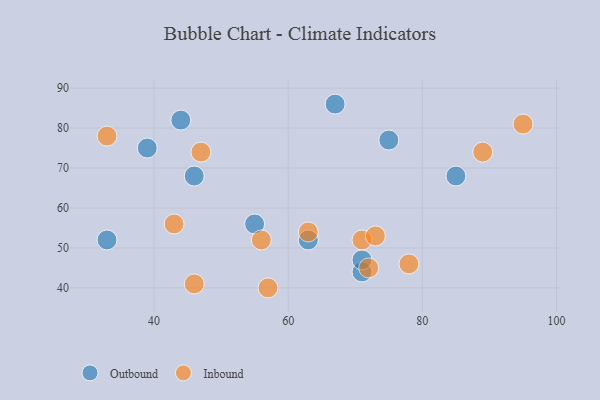
{"axis": {"x": "GDP", "y": "Life Expectancy"}, "legend": ["Inbound", "Outbound"], "data": [{"x": "63", "y": 52, "type": "Outbound"}, {"x": "39", "y": 75, "type": "Outbound"}, {"x": "67", "y": 86, "type": "Outbound"}, {"x": "85", "y": 68, "type": "Outbound"}, {"x": "33", "y": 52, "type": "Outbound"}, {"x": "46", "y": 68, "type": "Outbound"}, {"x": "71", "y": 44, "type": "Outbound"}, {"x": "75", "y": 77, "type": "Outbound"}, {"x": "55", "y": 56, "type": "Outbound"}, {"x": "71", "y": 47, "type": "Outbound"}, {"x": "44", "y": 82, "type": "Outbound"}, {"x": "57", "y": 40, "type": "Inbound"}, {"x": "63", "y": 54, "type": "Inbound"}, {"x": "95", "y": 81, "type": "Inbound"}, {"x": "43", "y": 56, "type": "Inbound"}, {"x": "56", "y": 52, "type": "Inbound"}, {"x": "47", "y": 74, "type": "Inbound"}, {"x": "78", "y": 46, "type": "Inbound"}, {"x": "33", "y": 78, "type": "Inbound"}, {"x": "71", "y": 52, "type": "Inbound"}, {"x": "73", "y": 53, "type": "Inbound"}, {"x": "46", "y": 41, "type": "Inbound"}, {"x": "72", "y": 45, "type": "Inbound"}, {"x": "89", "y": 74, "type": "Inbound"}]}